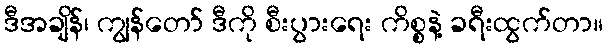
ဒီအချိန်၊ ကျွန်တော် ဒီကို စီးပွားရေး ကိစ္စနဲ့ ခရီးထွက်တာ။